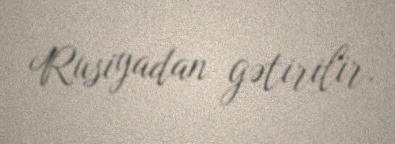
Rusiyadan gətirilir.